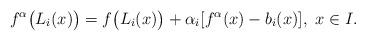
LaTeX: \begin{align*}f^\alpha\big(L_i(x)\big)=f\big(L_i(x) \big) +\alpha_i[f^\alpha(x)-b_i(x)],~ x \in I.\end{align*}